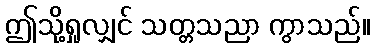
ဤသို့ရှုလျှင် သတ္တသညာ ကွာသည်။